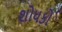
શોધકો